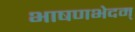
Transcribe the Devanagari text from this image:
भाषणभेदम्